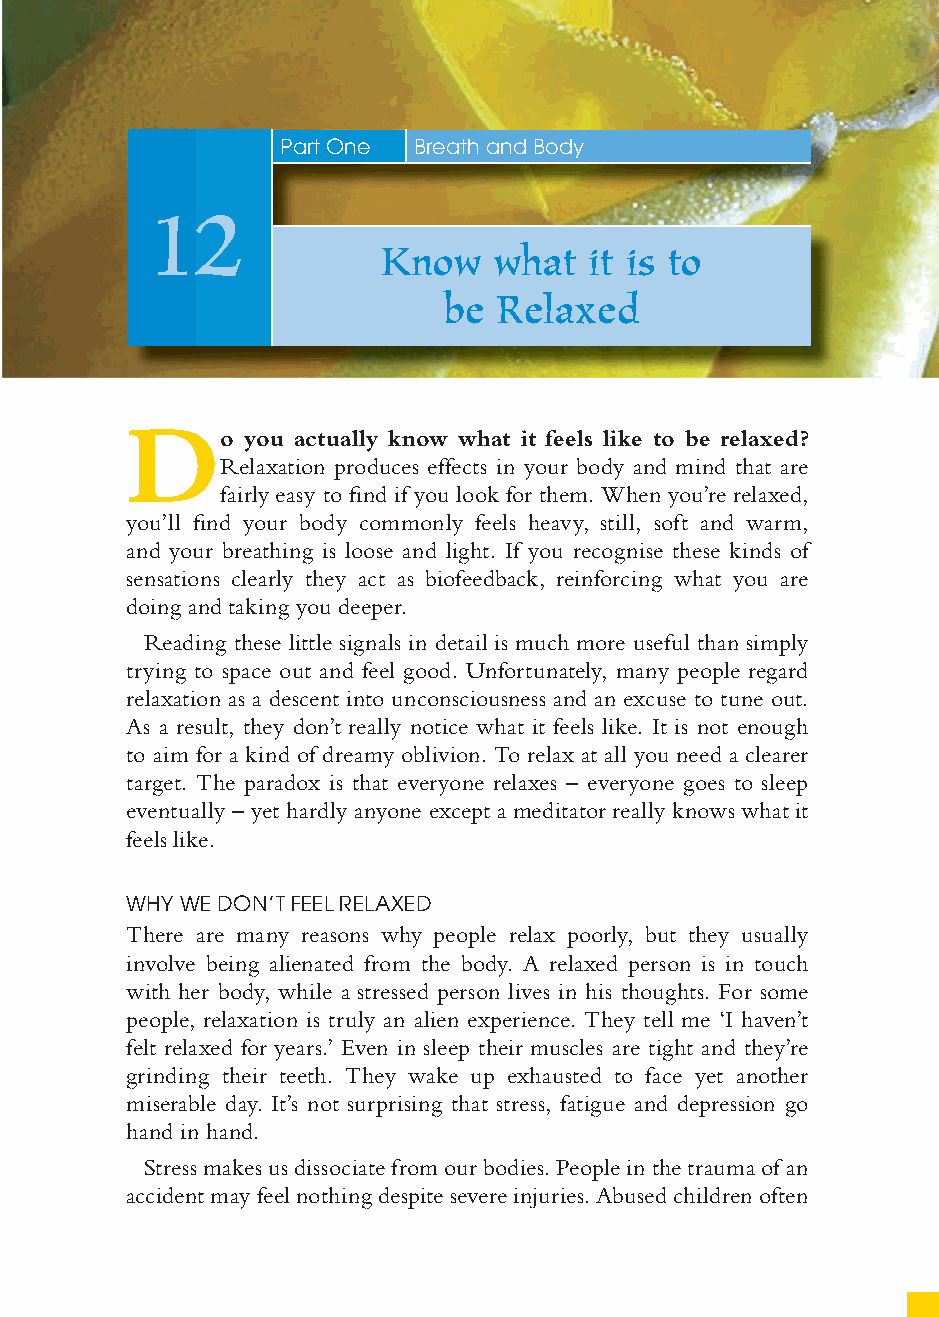
53
 Part One Breath and Body
 12
 Know   what   it is to
 be  Relaxed
 D
 o you actually know what it feels like to be relaxed?
 Relaxation produces effects in your body and mind that are
 fairly easy to fi nd if you look for them. When you’re relaxed,
 you’ll fi nd your body commonly feels heavy, still, soft and warm,
 and your breathing is loose and light. If you recognise these kinds of
 sensations clearly they act as biofeedback, reinforcing what you are
 doing and taking you deeper.
 Reading these little signals in detail is much more useful than simply
 trying to space out and feel good. Unfortunately, many people regard
 relaxation as a descent into unconsciousness and an excuse to tune out.
 As a result, they don’t really notice what it feels like. It is not enough
 to aim for a kind of dreamy oblivion. To relax at all you need a clearer
 target. The paradox is that everyone relaxes – everyone goes to sleep
 eventually – yet hardly anyone except a meditator really knows what it
 feels like.
 WHY WE DON’T FEEL RELAXED
 There are many reasons why people relax poorly, but they usually
 involve being alienated from the body. A relaxed person is in touch
 with her body, while a stressed person lives in his thoughts. For some
 people, relaxation is truly an alien experience. They tell me ‘I haven’t
 felt relaxed for years.’ Even in sleep their muscles are tight and they’re
 grinding their teeth. They wake up exhausted to face yet another
 miserable day. It’s not surprising that stress, fatigue and depression go
 hand in hand.
 Stress makes us dissociate from our bodies. People in the trauma of an
 accident may feel nothing despite severe injuries. Abused children often
 ffiivvee__220000667788..iinndddd SSeecc11::5577     3300//55//0055 55::0044::0066 PPMM